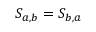
S _ { a , b } = S _ { b , a }